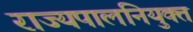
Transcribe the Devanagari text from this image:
राज्यपालनियुक्त